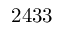
2 4 3 3